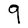
Character: q